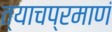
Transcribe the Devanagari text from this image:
त्याचप्रमाणं